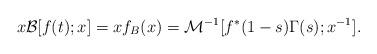
LaTeX: \begin{align*}x \mathcal{B}[f(t); x] = xf_{B}(x) = \mathcal{M}^{-1}[f^{*}(1-s) \Gamma(s); x^{-1}].\end{align*}